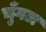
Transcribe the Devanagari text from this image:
चुँगल